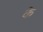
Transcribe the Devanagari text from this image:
के